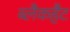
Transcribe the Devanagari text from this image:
ब्लैकहैट